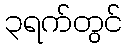
၃ရက်တွင်